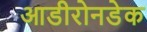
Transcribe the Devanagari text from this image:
आडीरोनडेक